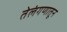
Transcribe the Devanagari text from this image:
तेलंगणातून